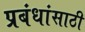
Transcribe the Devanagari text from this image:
प्रबंधांसाठी